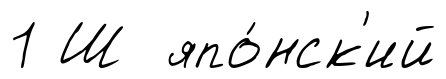
1 Ш япо́нск'ий